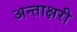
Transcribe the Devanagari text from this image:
अन्ताक्षरी